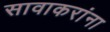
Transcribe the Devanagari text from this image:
सावाकरांना